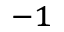
^ { - 1 }